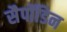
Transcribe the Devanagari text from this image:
सैपॉडिन